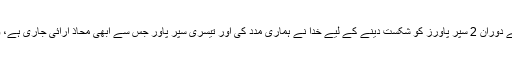
انہوں نے کہا کہ ’گزشتہ صدی کے دوران 2 سپر پاورز کو شکست دینے کے لیے خدا نے ہماری مدد کی اور تیسری سپر پاور جس سے ابھی محاذ آرائی جاری ہے، وہ بھی شکست کے دہانے پر ہے‘۔